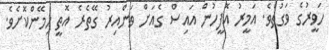
ހަވީރުގެ ވަގުތެވެ. އަމީރު އޮފީހުން އައިސް ގެއަށް ވަންއިރު ގޭތެރެ އޮތީ ހިމޭންކޮށެވެ.